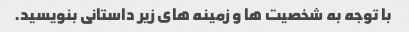
با توجه به شخصیت ها و زمینه های زیر داستانی بنویسید.